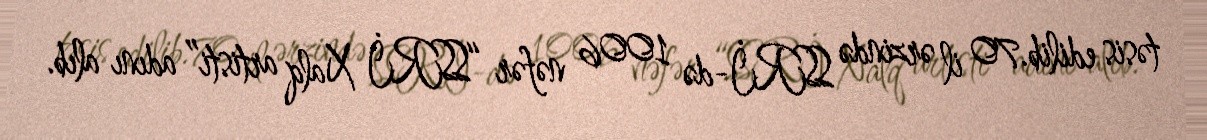
təsis edilib.70 il ərzində SSRİ-də 1006 nəfər “SSRİ Xalq artisti” adını alıb.